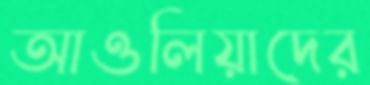
আওলিয়াদের